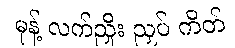
မုန့် လက်ညှိုး ညှပ် ကိတ်